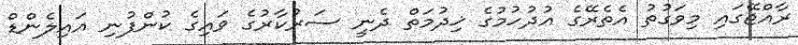
ރާއްޖޭގައި މިވަގުތު އެތެރޭގެ އުދުހުމުގެ ޚިދުމަތް ދެނީ ސަރުކާރުގެ ވައިގެ ކުންފުނި އައިލެންޑް